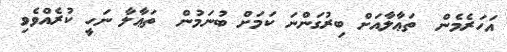
އަހަރެމެން  ތަޢާލާއަށް ބިރުގަންނަ ކަމަށް ބުނަމުން  ތަޢާލާ ނަހީ ކުރެއްވެވި